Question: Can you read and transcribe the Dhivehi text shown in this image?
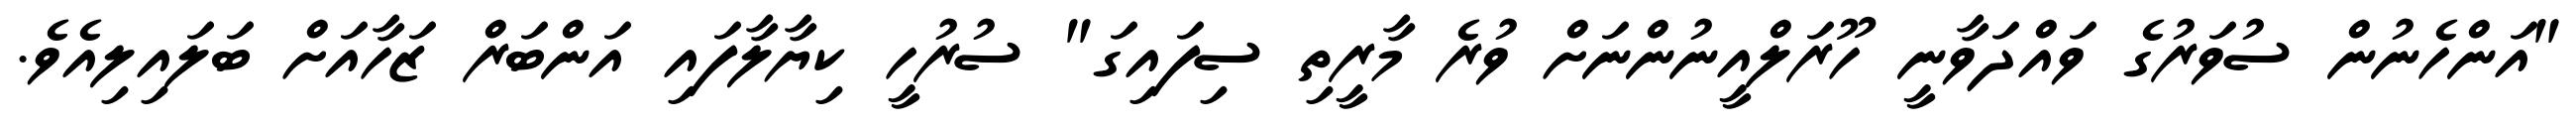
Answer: "އަންހެނުން ސުވަރުގެ ވައްދަވާނީ ހޫރަލްއީނުންނަށް ވުރެ މާރީތި ސިފައިގަ" ސުރުހީ ކިޔާލާފައި އަންބަރް ޒަހާއަށް ބަލައިލިއެވެ.